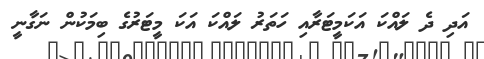
އަދި ދެ ލައްކަ އަކަމީޓަރާއި ހަތަރު ލައްކަ އަކަ މީޓަރުގެ ބިމަކުން ނަގާނީ